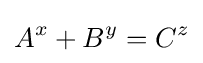
A^{x}+B^{y}=C^{z}